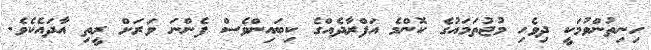
ހިނިތުންވުމަކީ ދިވެހި މުޖުތަމައުގެ ކޮންމެ އަފްރާދެއްގެ ކިބައިންވެސް ފެންނަ ވަރަށް ރީތި އާދައެކެވެ.